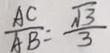
\frac { A C } { A B } = \frac { \sqrt { 3 } } { 3 }